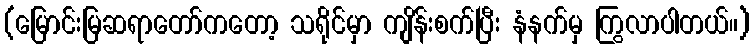
(မြောင်းမြဆရာတော်ကတော့ သရိုင်မှာ ကျိန်းစက်ပြီး နံနက်မှ ကြွလာပါတယ်။)